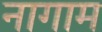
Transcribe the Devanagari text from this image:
नागाम